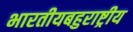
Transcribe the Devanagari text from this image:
भारतीयबहुराष्ट्रीय